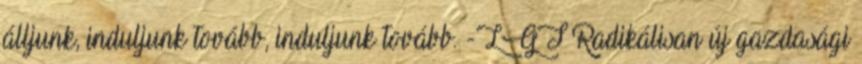
álljunk, induljunk tovább, induljunk tovább. -LGT Radikálisan új gazdasági